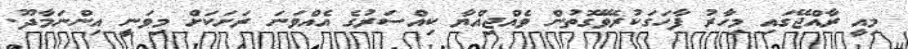
މިއީ ރާއްޖޭގައި މިހާރު ފާހަގަކުރެވޭގޮތުން ވެއްޖިއްޔާ ކިއްސަރުގެ އެއްވަނަ ރަށަކަށް މިވަނީ އިންނަމާދޫ.